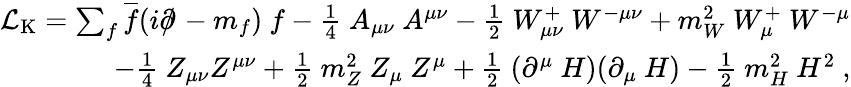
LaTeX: {\begin{array}{r}{{\mathcal{L}}_{\mathrm{K}}=\sum_{f}{\overline{{f}}}(i\partial\! \! \! /\! \; -m_{f})\ f-{\frac{1}{4}}\ A_{\mu\nu}\ A^{\mu\nu}-{\frac{1}{2}}\ W_{\mu\nu}^{+}\ W^{-\mu\nu}+m_{W}^{2}\ W_{\mu}^{+}\ W^{-\mu}}\\ {\qquad-{\frac{1}{4}}\ Z_{\mu\nu}Z^{\mu\nu}+{\frac{1}{2}}\ m_{Z}^{2}\ Z_{\mu}\ Z^{\mu}+{\frac{1}{2}}\ (\partial^{\mu}\ H)(\partial_{\mu}\ H)-{\frac{1}{2}}\ m_{H}^{2}\ H^{2}~,}\end{array}}